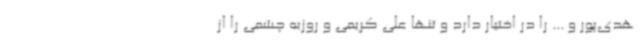
هدی‌پور و ... را در اختیار دارد و تنها علی کریمی و روزبه چشمی را از